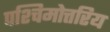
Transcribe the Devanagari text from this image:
पश्चिमोत्तरिय